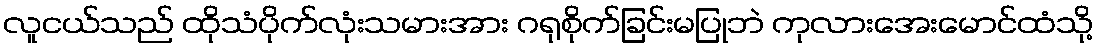
လူငယ်သည် ထိုသံပိုက်လုံးသမားအား ဂရုစိုက်ခြင်းမပြုဘဲ ကုလားအေးမောင်ထံသို့